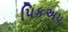
પિકઅપ